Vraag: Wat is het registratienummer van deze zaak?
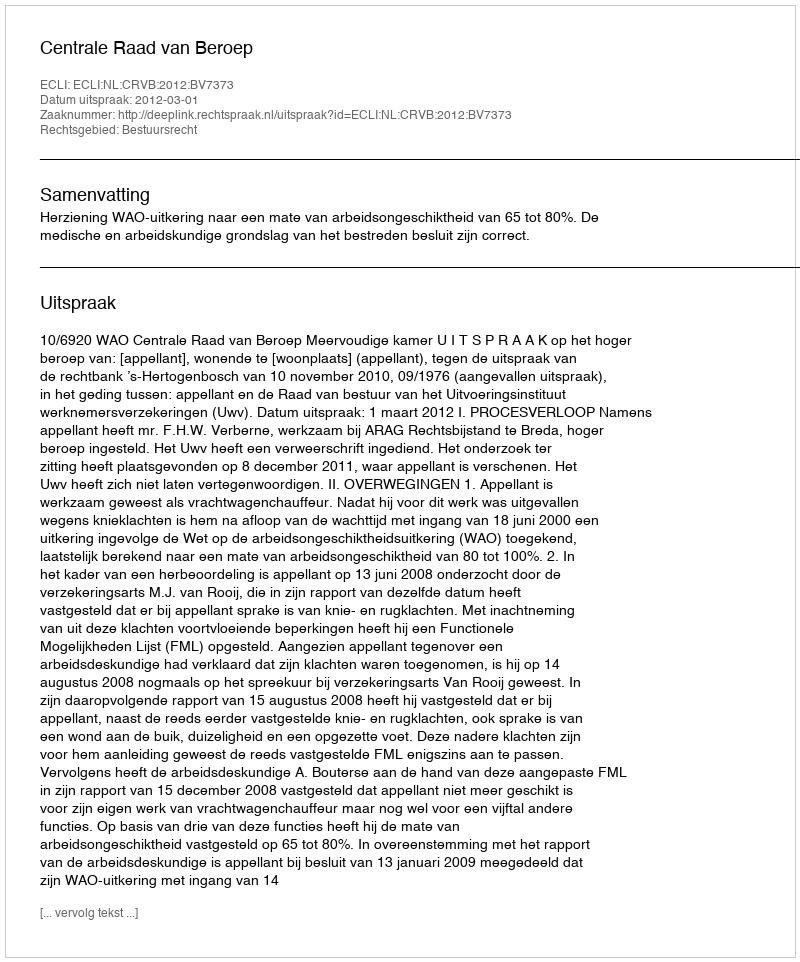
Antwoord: http://deeplink.rechtspraak.nl/uitspraak?id=ECLI:NL:CRVB:2012:BV7373